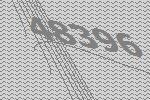
48396